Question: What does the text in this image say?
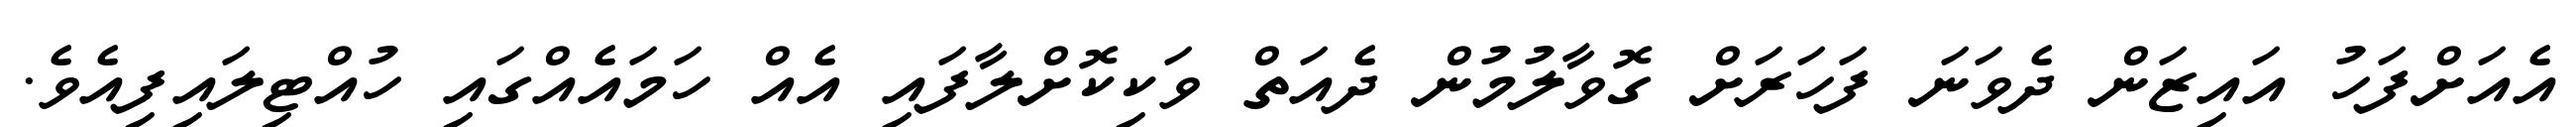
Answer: އެއަށްފަހު އައިޒަން ދެވަނަ ފަހަރަށް ގޮވާލުމުން ދެއަތް ވަކިކޮށްލާފައި އެއް ހަމައެއްގައި ހުއްޓިލައިފިއެވެ.